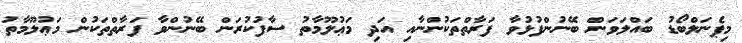
މިޕެނަލްބޯޑު ބައްލަވަން ބޭނުންފުޅުވާ ފަރާތްތަކުންނާއި އަދި މަޢުލޫމާތު ސާފުކުރަން ބޭނުންވާ ފަރާތްތަކުން މަޢުލޫމާތު